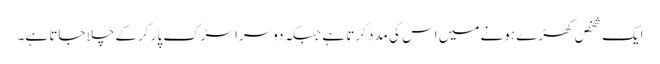
ایک شخص کھڑے ہونے میں اس کی مدد کرتا ہے جبکہ دوسرا سڑک پار کرکے چلا جاتا ہے۔